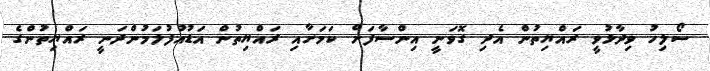
ސޯލިހު ވިދާޅުވީ ރައްޔިތުން އެދި ގޮވަނީ އިންސާފަށް ކަމަށާއި ރައްޔިތުން އަޑުއުފުލަމުންދަނީ ރައްޔިތުންގެ